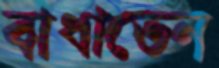
বাধাতেন